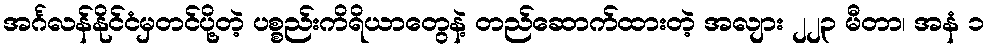
အင်္ဂလန်နိုင်ငံမှတင်ပို့တဲ့ ပစ္စည်းကိရိယာတွေနဲ့ တည်ဆောက်ထားတဲ့ အလျား ၂၂၃ မီတာ၊ အနံ ၁